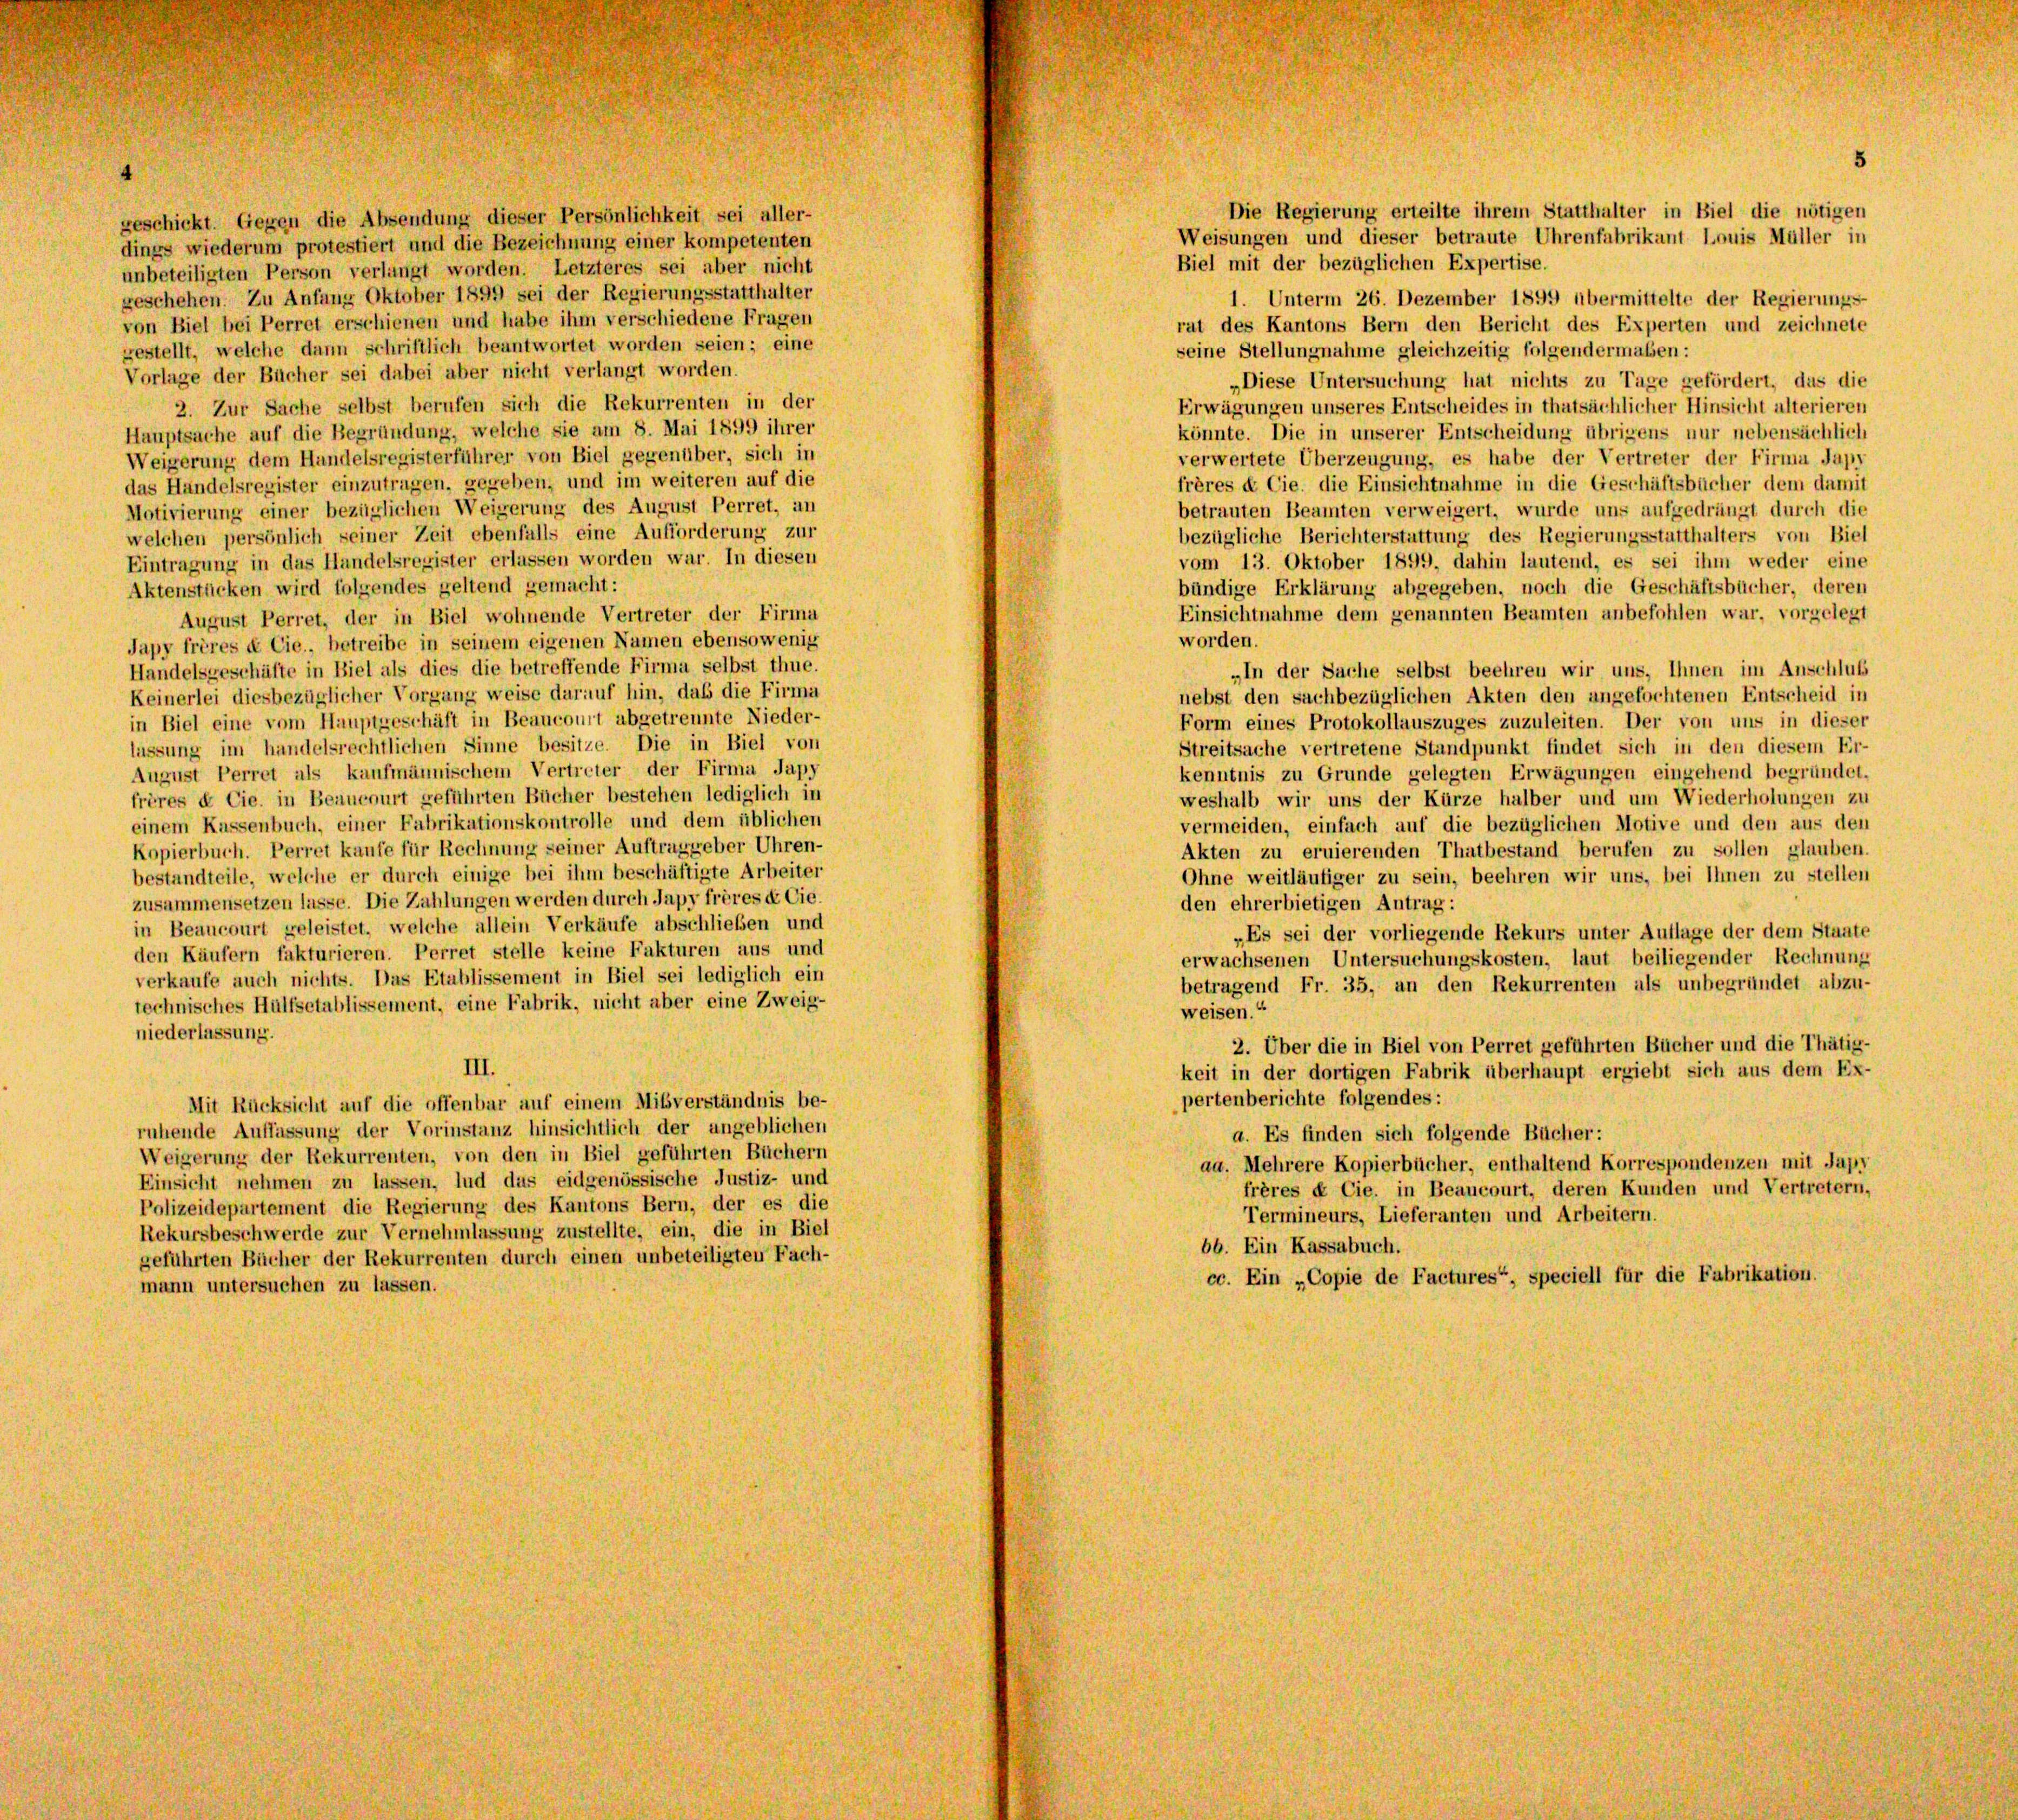
geschickt. Gegen die Absendung dieser Persönlichkeit sei aller-
dings wiederum protestiert und die Bezeichnung einer kompetenten
unbeteiligten Person verlangt worden. Letzteres sei aber nicht
geschehen. Zu Anfang Oktober 1899 sei der Regierungsstatthalter
von Biel bei Perret erschienen und habe ihm verschiedene Fragen
gestellt, welche dann schriftlich beantwortet worden seien; eine
Vorlage der Bücher sei dabei aber nicht verlangt worden.
2. Zur Sache selbst berufen sich die Rekurrenten in der
Hauptsache auf die Begründung, welche sie am 8. Mai 1899 ihrer
Weigerung dem Handelsregisterführer von Biel gegenüber, sich in
das Handelsregister einzutragen, gegeben, und im weiteren auf die
Motivierung einer bezüglichen Weigerung des August Perret, an
welchen persönlich seiner Zeit ebenfalls eine Aufforderung zur
Eintragung in das Handelsregister erlassen worden war. In diesen
Aktenstücken wird folgendes geltend gemacht:
August Perret, der in Biel wohnende Vertreter der Firma
Japy frères de Cie., betreibe in seinem eigenen Namen ebensowenig
Handelsgeschäfte in Biel als dies die betreffende Firma selbst thue.
Keinerlei diesbezüglicher Vorgang weise darauf hin, daß die Firma
in Biel eine vom Hauptgeschäft in Beaucourt abgetrennte Nieder-
lassung im handelsrechtlichen Sinne besitze. Die in Biel von
August Perret als kaufmännischem Vertreter der Firma Japy
frères & Cie. in Beaucourt geführten Bücher bestehen lediglich in
einem Kassenbuch, einer Fabrikationskontrolle und dem üblichen
Kopierbuch. Perret kaufe für Rechnung seiner Auftraggeber Uhren-
bestandteile, welche er durch einige bei ihm beschäftigte Arbeiter
zusammensetzen lasse. Die Zahlungen werden durch Japy frères et Cie.
in Beaucourt geleistet, welche allein Verkäufe abschließen und
den Käufern fakturieren. Perret stelle keine Fakturen aus und
verkaufe auch nichts. Das Etablissement in Biel sei lediglich ein
technisches Hülfsetablissement, eine Fabrik, nicht aber eine Zweig-
niederlassung.
III.
Mit Rücksicht auf die offenbar auf einem Mißverständnis be-
ruhende Auffassung der Vorinstanz hinsichtlich der angeblichen
Weigerung der Rekurrenten, von den in Biel geführten Büchern
Einsicht nehmen zu lassen, lud das eidgenössische Justiz- und
Polizeidepartement die Regierung des Kantons Bern, der es die
Rekursbeschwerde zur Vernehmlassung zustellte, ein, die in Biel
geführten Bücher der Rekurrenten durch einen unbeteiligten Fach-
mann untersuchen zu lassen.

Die Regierung erteilte ihrem Statthalter in Biel die nötigen

Weisungen und dieser betraute Uhrenfabrikant Louis Müller in
Biel mit der bezüglichen Expertise.
1. Unterm 26. Dezember 1899 übermittelte der Regierungs-
rat des Kantons Bern den Bericht des Experten und zeichnete
seine Stellungnahme gleichzeitig folgendermaßen:
„Diese Untersuchung hat nichts zu Tage gefördert, das die
Erwägungen unseres Entscheides in thatsächlicher Hinsicht alterieren
könnte. Die in unserer Entscheidung übrigens nur nebensächlich
verwertete Überzeugung, es habe der Vertreter der Firma Japy
frères & Cie, die Einsichtnahme in die Geschäftsbücher dem damit
betrauten Beamten verweigert, wurde uns aufgedrängt durch die
bezügliche Berichterstattung des Regierungsstatthalters von Biel
vom 13. Oktober 1899, dahin lautend, es sei ihm weder eine
bündige Erklärung abgegeben, noch die Geschäftsbücher, deren
Einsichtnahme dem genannten Beamten anbefohlen war, vorgelegt
worden.
„In der Sache selbst beehren wir uns, Ihnen im Anschluß
nebst den sachbezüglichen Akten den angefochtenen Entscheid in
Form eines Protokollauszuges zuzuleiten. Der von uns in dieser
Streitsache vertretene Standpunkt findet sich in den diesem Er-
kenntnis zu Grunde gelegten Erwägungen eingehend begründet.
weshalb wir uns der Kürze halber und um Wiederholungen zu
vermeiden, einfach auf die bezüglichen Motive und den aus den
Akten zu eruierenden Thatbestand berufen zu sollen glauben.
Ohne weitläufiger zu sein, beehren wir uns, bei Ihnen zu stellen
den ehrerbietigen Antrag:
„Es sei der vorliegende Rekurs unter Auflage der dem Staate
erwachsenen Untersuchungskosten, laut beiliegender Rechnung
betragend Fr. 35, an den Rekurrenten als unbegründet abzu-
weisen.“
2. Über die in Biel von Perret geführten Bücher und die Thätig-
keit in der dortigen Fabrik überhaupt ergiebt sich aus dem Ex-
pertenberichte folgendes:
a. Es finden sich folgende Bücher:
da. Mehrere Kopierbücher, enthaltend Korrespondenzen mit Japy
frères & Cie. in Beaucourt, deren Kunden und Vertretern,
Termineurs, Lieferanten und Arbeitern.
66. Ein Kassabuch.
cc. Ein „Copie de Factures“, speciell für die Fabrikation.